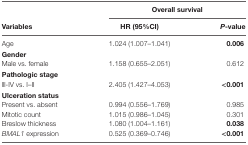
|  | <COLSPAN=2> Overall survival |
 | Variables | HR (95%CI) | P-value |
 | --- | --- | --- |
 | Age | 1.024 (1.007–1.041) | 0.006 |
 | <COLSPAN=3> Gender |
 | Male vs. female | 1.158 (0.655–2.051) | 0.612 |
 | <COLSPAN=3> Pathologic stage |
 | lll-IV vs. I–II | 2.405 (1.427–4.053) | <0.001 |
 | <COLSPAN=3> Ulceration status |
 | Present vs. absent | 0.994 (0.556–1.769) | 0.985 |
 | Mitotic count | 1.015 (0.986–1.045) | 0.301 |
 | Breslow thickness | 1.080 (1.004–1.161) | 0.038 |
 | BMAL1 expression | 0.525 (0.369–0.746) | <0.001 |